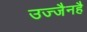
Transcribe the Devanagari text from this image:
उज्जैनहै